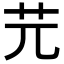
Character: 𦬂